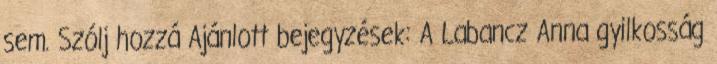
sem. Szólj hozzá Ajánlott bejegyzések: A Labancz Anna gyilkosság